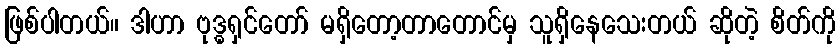
ဖြစ်ပါတယ်။ ဒါဟာ ဗုဒ္ဓရှင်တော် မရှိတော့တာတောင်မှ သူရှိနေသေးတယ် ဆိုတဲ့ စိတ်ကို